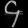
Digit: ၄